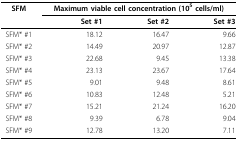
| SFM | <COLSPAN=3> Maximum viable cell concentration (105 cells/ml) |
 |  | Set #1 | Set #2 | Set #3 |
 | --- | --- | --- | --- |
 | SFM* #1 | 18.12 | 16.47 | 9.66 |
 | SFM* #2 | 14.49 | 20.97 | 12.87 |
 | SFM* #3 | 22.68 | 9.45 | 13.38 |
 | SFM* #4 | 23.13 | 23.67 | 17.64 |
 | SFM* #5 | 9.01 | 9.48 | 8.61 |
 | SFM* #6 | 10.83 | 12.48 | 5.21 |
 | SFM* #7 | 15.21 | 21.24 | 16.20 |
 | SFM* #8 | 9.39 | 6.78 | 9.04 |
 | SFM* #9 | 12.78 | 13.20 | 7.11 |